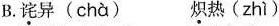
B.诧异(chà) 炽热(zhì)